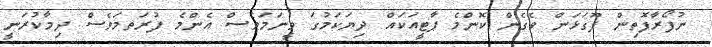
ނުފޯރާފޮތިން ފޫގަޅަން ވެގެން ކޮންމެ ޕާޓީއަކައް ދިޔަކަމުގަ ވީނަމަވެސް އެންމެ ފުރަތމަވެސް ދިމާކުރަނީ